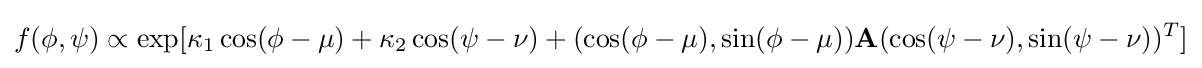
f(\phi ,\psi )\propto \exp[\kappa _{1}\cos(\phi -\mu )+\kappa _{2}\cos(\psi -\nu )+(\cos(\phi -\mu ),\sin(\phi -\mu ))\mathbf {A} (\cos(\psi -\nu ),\sin(\psi -\nu ))^{T}]